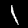
Label: 1